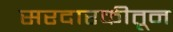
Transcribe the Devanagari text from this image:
सरदारकीतून